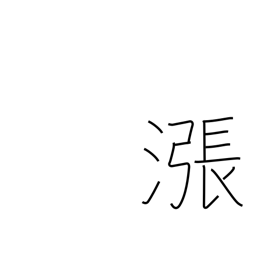
Meaning: overflow